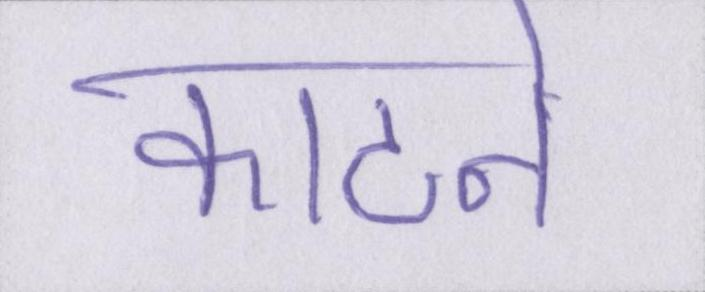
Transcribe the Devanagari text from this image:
काटने